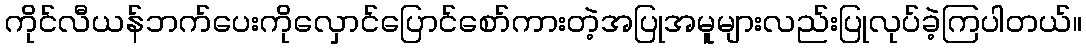
ကိုင်လီယန်ဘက်ပေးကိုလှောင်ပြောင်စော်ကားတဲ့အပြုအမူများလည်းပြုလုပ်ခဲ့ကြပါတယ်။